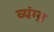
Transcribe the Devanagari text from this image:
व्यंग्य़